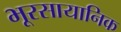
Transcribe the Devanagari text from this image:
भूरसायानिक